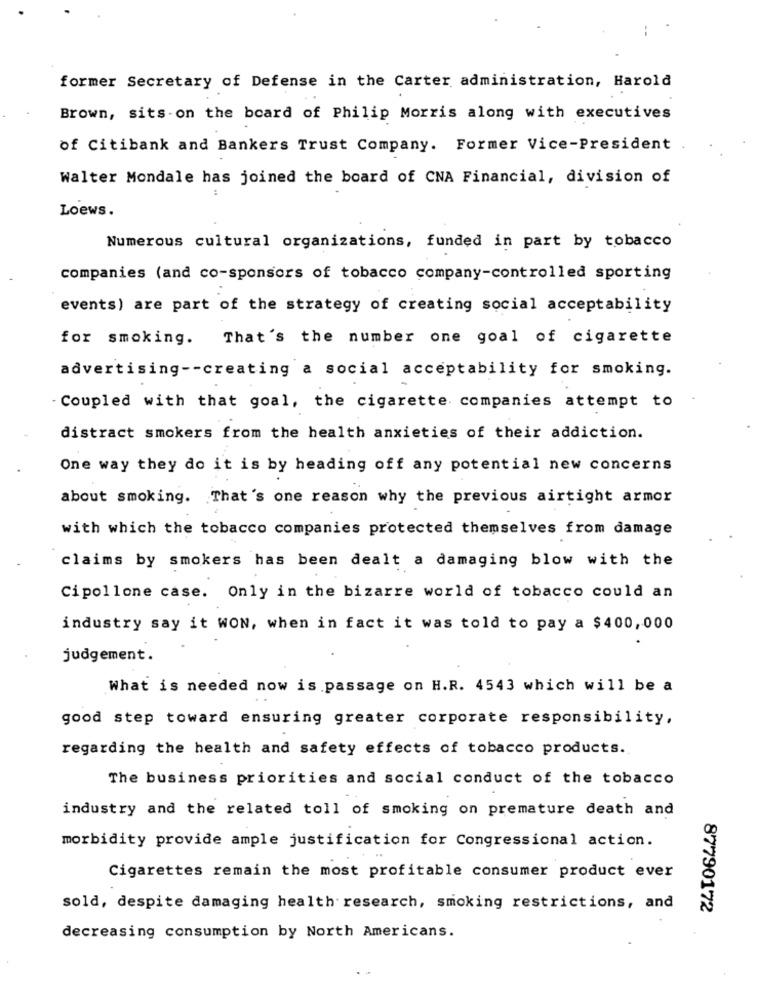
former Secretary of Defense in the Carter administration, Harold
Brown, sits on the board of Philip Morris along with executives
of Citibank and Bankers Trust Company. Former Vice-President .
Walter Mondale has joined the board of CNA Financial, division of
Loews.
Numerous cultural organizations, funded in part by tobacco
companies (and co-sponsors of tobacco company-controlled sporting
events) are part of the strategy of creating social acceptability
for smoking.
That's the number one goal of cigarette
advertising -- creating a social acceptability for smoking.
- Coupled with that goal, the cigarette companies attempt to
distract smokers from the health anxieties of their addiction.
One way they do it is by heading off any potential new concerns
about smoking. That's one reason why the previous airtight armor
with which the tobacco companies protected themselves from damage
claims by smokers has been dealt a damaging blow with the
Cipollone case. Only in the bizarre world of tobacco could an
industry say it WON, when in fact it was told to pay a $400,000
judgement.
What is needed now is passage on H.R. 4543 which will be a
good step toward ensuring greater corporate responsibility,
regarding the health and safety effects of tobacco products.
The business priorities and social conduct of the tobacco
industry and the related toll of smoking on premature death and
morbidity provide ample justification for Congressional action.
Cigarettes remain the most profitable consumer product ever
sold, despite damaging health research, smoking restrictions, and
87790172
decreasing consumption by North Americans.